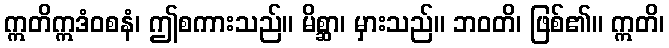
ဣတိဣဒံဝစနံ၊ ဤစကားသည်။ မိစ္ဆာ၊ မှားသည်။ ဘဝတိ၊ ဖြစ်၏။ ဣတိ၊